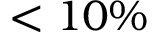
< 1 0 \%